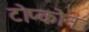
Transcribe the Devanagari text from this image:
टोप्कोन